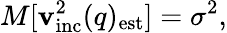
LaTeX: M[\mathbf{v}_{\mathrm{{inc}}}^{2}(q)_{\mathrm{{est}}}]=\sigma^{2},